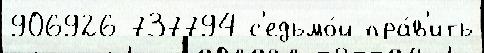
906926 737794 с'едьмо́й пра́в'ить